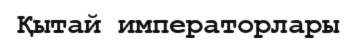
Қытай императорлары